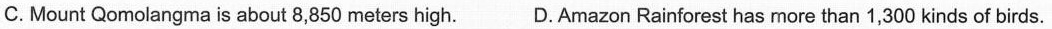
C.Mount Qomolangma is about 8,850 meters high. D.Amazon Rainforest has more than 1,300 kinds of birds,